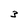
Character: 3